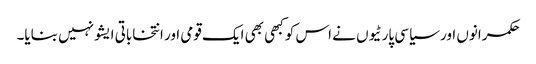
حکمرانوں اور سیاسی پارٹیوں نے اس کو کبھی بھی ایک قومی اور انتخاباتی ایشو نہیں بنایا۔